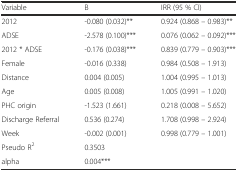
<table><thead><tr><td><b>Variable</b></td><td><b>B</b></td><td><b>IRR (95 % CI)</b></td></tr></thead><tbody><tr><td>2012</td><td>-0.080 (0.032)**</td><td>0.924 (0.868 – 0.983)**</td></tr><tr><td>ADSE</td><td>-2.578 (0.100)***</td><td>0.076 (0.062 – 0.092)***</td></tr><tr><td>2012 * ADSE</td><td>-0.176 (0.038)***</td><td>0.839 (0.779 – 0.903)***</td></tr><tr><td>Female</td><td>-0.016 (0.338)</td><td>0.984 (0.508 – 1.913)</td></tr><tr><td>Distance</td><td>0.004 (0.005)</td><td>1.004 (0.995 – 1.013)</td></tr><tr><td>Age</td><td>0.005 (0.008)</td><td>1.005 (0.991 – 1.020)</td></tr><tr><td>PHC origin</td><td>-1.523 (1.661)</td><td>0.218 (0.008 – 5.652)</td></tr><tr><td>Discharge Referral</td><td>0.536 (0.274)</td><td>1.708 (0.998 – 2.924)</td></tr><tr><td>Week</td><td>-0.002 (0.001)</td><td>0.998 (0.779 – 1.001)</td></tr><tr><td>Pseudo R<sup>2</sup></td><td>0.3503</td><td></td></tr><tr><td>alpha</td><td>0.004***</td><td></td></tr></tbody></table>